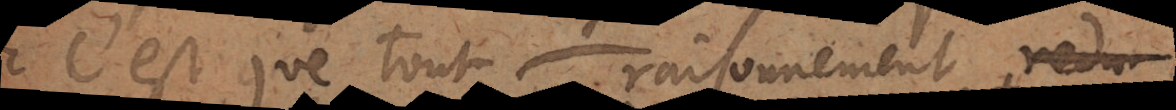
C’est que tout raisonnement, r